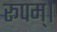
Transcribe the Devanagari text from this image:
रूपम्।